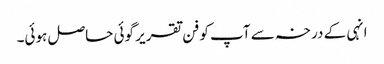
انہی کے درخہ سے آپ کو فن تقریر گوئی حاصل ہوئی۔